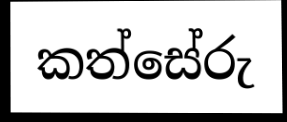
කත්සේරු